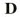
D